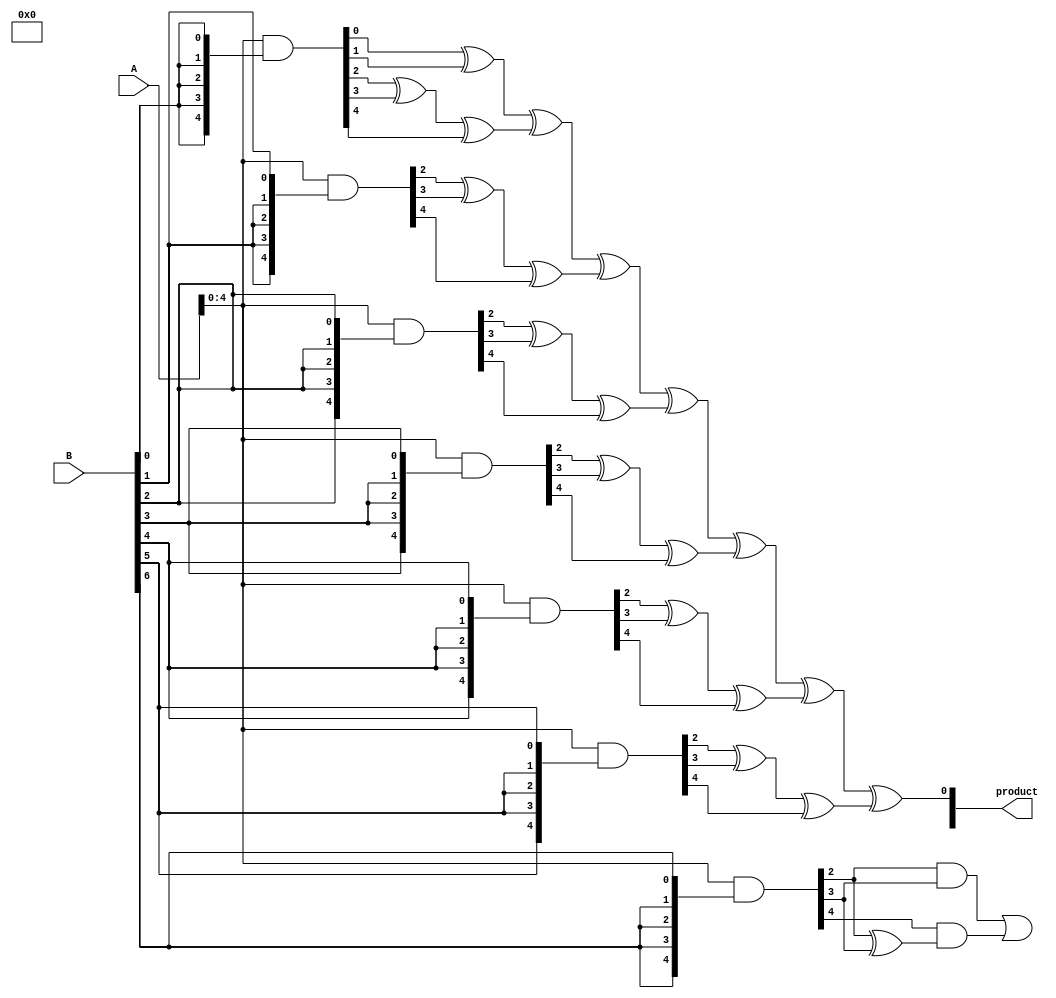
module wallace_tree_multiplier #(parameter N = 8) (
    input  wire [N-1:0] A,
    input  wire [N-1:0] B,
    output wire [2*N-1:0] product
);

    // Partial product generation
    wire [N-1:0] pp [0:N-1]; // Partial products
    genvar i, j;
    generate
        for (i = 0; i < N; i = i + 1) begin : pp_gen
            assign pp[i] = A & {N{B[i]}};
        end
    endgenerate

    // Wallace tree reduction
    wire [N+1:0] sum [0:N-1]; // Intermediate sums
    wire [N+1:0] carry [0:N-1]; // Intermediate carries

    // Initial stage of reduction
    generate
        for (i = 0; i < N; i = i + 1) begin : reduction_stage
            if (i < N-1) begin
                assign sum[i][0] = pp[i][0];
                assign sum[i][1] = pp[i][1];
                assign sum[i][2] = pp[i][2];
                assign carry[i][0] = pp[i][3];
                assign carry[i][1] = pp[i][4];
                assign carry[i][2] = pp[i][5];
            end else begin
                assign sum[i][0] = pp[i][0];
                assign sum[i][1] = pp[i][1];
                assign sum[i][2] = pp[i][2];
                assign sum[i][3] = pp[i][3];
            end
        end
    endgenerate

    // Wallace tree reduction logic
    wire [N+1:0] final_sum;
    wire [N+1:0] final_carry;

    // Full adder and half adder logic
    generate
        for (i = 0; i < N-1; i = i + 1) begin : wallace_tree
            // Half adder for the first two inputs
            assign sum[i+1][0] = sum[i][0] ^ sum[i][1];
            assign final_carry[i] = sum[i][0] & sum[i][1];

            // Full adder for the next inputs
            assign sum[i+1][1] = sum[i][2] ^ carry[i][0] ^ carry[i][1];
            assign final_carry[i+1] = (sum[i][2] & carry[i][0]) | (carry[i][1] & (sum[i][2] ^ carry[i][0]));

            // Continue for the remaining bits
            // ...
        end
    endgenerate

    // Final addition stage
    wire [2*N-1:0] final_product;
    assign final_product = {final_carry[N-1], final_sum[N-1], sum[N-1][0]};

    // Output the final product
    assign product = final_product;

endmodule